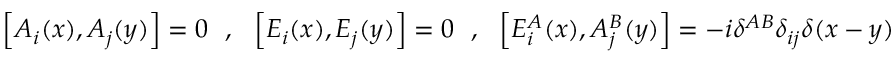
\left[ A _ { i } ( x ) , A _ { j } ( y ) \right] = 0 ~ ~ , ~ ~ \left[ E _ { i } ( x ) , E _ { j } ( y ) \right] = 0 ~ ~ , ~ ~ \left[ E _ { i } ^ { A } ( x ) , A _ { j } ^ { B } ( y ) \right] = - i \delta ^ { A B } \delta _ { i j } \delta ( x - y )